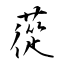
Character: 蓯